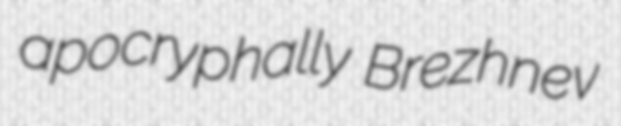
apocryphally Brezhnev